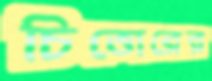
চিত্তোরের